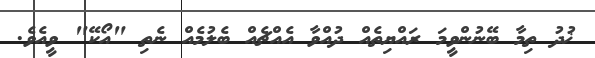
ޚުދު ތިމާ ބޭނުންވީމަ ރައްޔިތެއް ދުއްވާ އެއްޗެއް ބެލުމެއް ނެތި "އޯކޭ" ވީއެވެ.